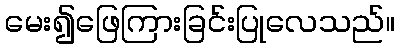
မေး၍ဖြေကြားခြင်းပြုလေသည်။